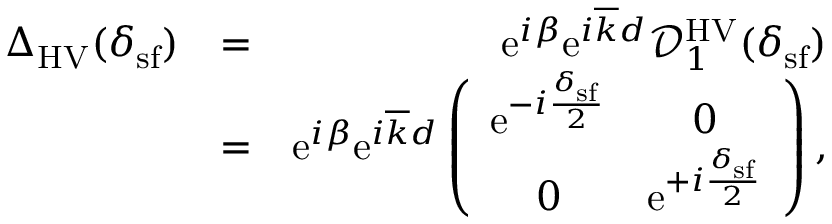
\begin{array} { r l r } { { \Delta } _ { \mathrm { H V } } ( \delta _ { \mathrm { s f } } ) } & { = } & { \mathrm { e } ^ { i \beta } \mathrm { e } ^ { i \overline { { k } } d } \mathcal { D } _ { 1 } ^ { \mathrm { H V } } ( \delta _ { \mathrm { s f } } ) } \\ & { = } & { \mathrm { e } ^ { i \beta } \mathrm { e } ^ { i \overline { { k } } d } \left( \begin{array} { c c } { \mathrm { e } ^ { - i \frac { \delta _ { \mathrm { s f } } } { 2 } } } & { 0 } \\ { 0 } & { \mathrm { e } ^ { + i \frac { \delta _ { \mathrm { s f } } } { 2 } } } \end{array} \right) , } \end{array}